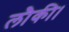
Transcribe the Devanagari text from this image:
लौकी।